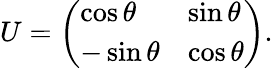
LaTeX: U={\left(\begin{array}{ll}{\cos\theta}&{\sin\theta}\\ {-\sin\theta}&{\cos\theta}\end{array}\right)}.